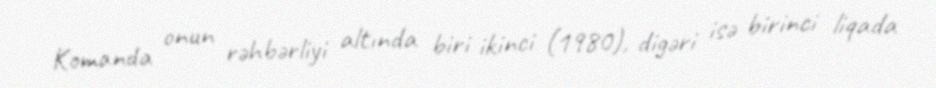
Komanda onun rəhbərliyi altında biri ikinci (1980), digəri isə birinci liqada